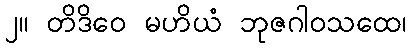
၂။ တိဒိဝေ မဟိယံ ဘုဇဂါဝသထေ၊